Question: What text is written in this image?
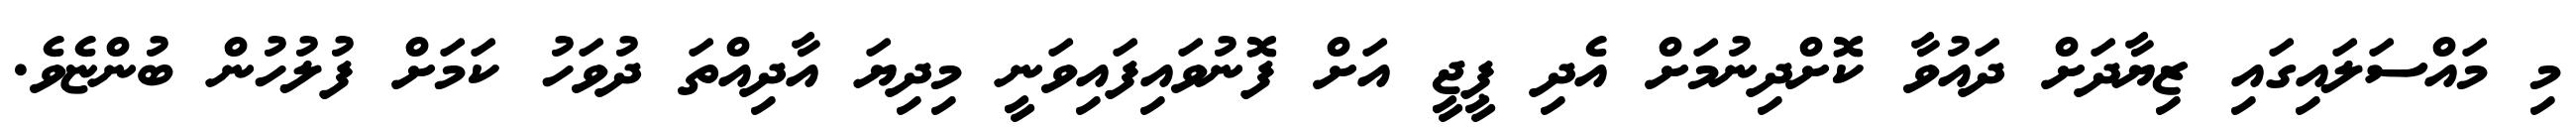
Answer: މި މައްސަލައިގައި ޒިޔާދަށް ދައުވާ ކޮށްދިނުމަށް އެދި ޕީޖީ އަށް ފޮނުވައިފައިވަނީ މިދިޔަ އާދިއްތަ ދުވަހު ކަމަށް ފުލުހުން ބުންޏެވެ.